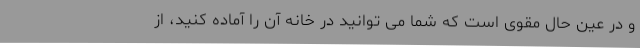
و در عین حال مقوی است که شما می توانید در خانه آن را آماده کنید، از